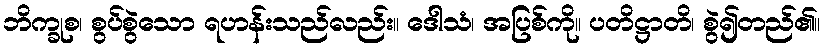
ဘိက္ခုစ၊ စွပ်စွဲသော ရဟန်းသည်လည်း။ ဒေါသံ၊ အပြစ်ကို။ ပတိဋ္ဌာတိ၊ စွဲ၍တည်၏။